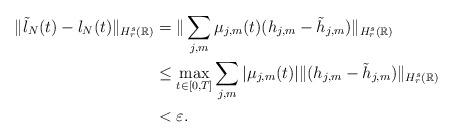
LaTeX: \begin{align*} \|\tilde l_N(t) - l_N(t)\|_{H^{s}_{r}(\mathbb R)} & = \| \sum_{j,m} \mu_{j,m}(t)(h_{j,m}- \tilde h_{j,m} )\|_{H^{s}_r(\mathbb R)} \\& \leq \max_{t\in[0,T]}\sum_{j,m}|\mu_{j,m}(t)| \| (h_{j,m}- \tilde h_{j,m} )\|_{H^{s}_{r}(\mathbb R)} \\&<\varepsilon. \end{align*}